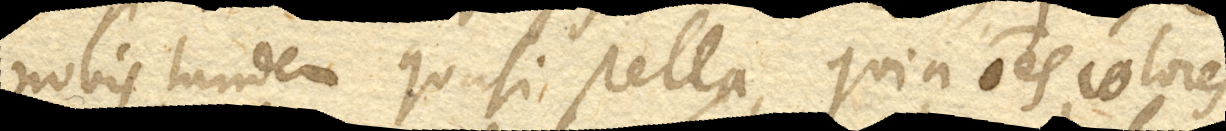
nobis tandem quasi stella, quia omnes colores